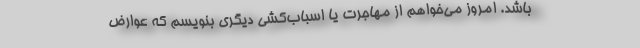
باشد. امروز می‌خواهم از مهاجرت یا اسباب‌کشی دیگری بنویسم که عوارض